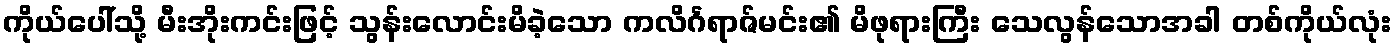
ကိုယ်ပေါ်သို့ မီးအိုးကင်းဖြင့် သွန်းလောင်းမိခဲ့သော ကလိင်္ဂရာဇ်မင်း၏ မိဖုရားကြီး သေလွန်သောအခါ တစ်ကိုယ်လုံး